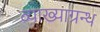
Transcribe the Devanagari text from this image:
व्याख्याग्रन्थ